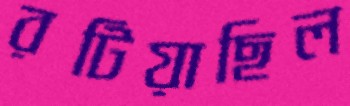
রটিয়াছিল